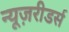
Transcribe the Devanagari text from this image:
न्यूज़रीडर्स